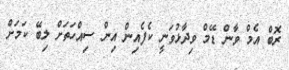
ރޮބް އެމް ވާން ޑޭމް ވިދާޅުވަނީ ކެފެއިން އިން ސިއްހަތަށް ލިބޭ ކަމަށް